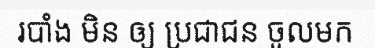
របាំង មិន ឲ្យ ប្រជាជន ចូលមក